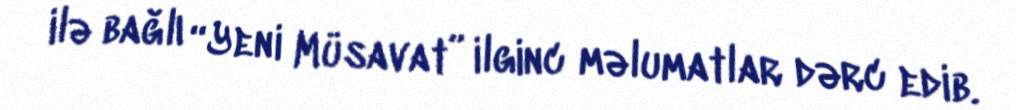
ilə bağlı “Yeni Müsavat” ilginc məlumatlar dərc edib.